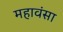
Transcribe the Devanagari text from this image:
महावंसा